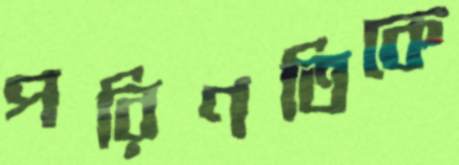
পরিণতিকে